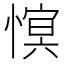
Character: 𢟫